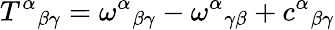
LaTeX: T^{\alpha}{}_{\beta\gamma}=\omega^{\alpha}{}_{\beta\gamma}-\omega^{\alpha}{}_{\gamma\beta}+c^{\alpha}{}_{\beta\gamma}